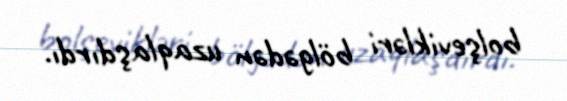
bolşevikləri bölgədən uzaqlaşdırdı.